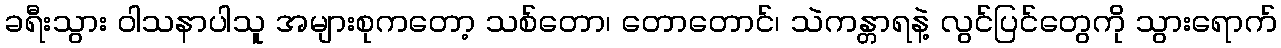
ခရီးသွား ဝါသနာပါသူ အများစုကတော့ သစ်တော၊ တောတောင်၊ သဲကန္တာရနဲ့ လွင်ပြင်တွေကို သွားရောက်